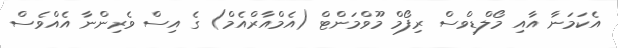
އެކަމަނާ އާއި މޯލްޑިވްސް ރިފޯމް މޫވްމަންޓް (އެމްއާރްއެމް) ގެ އިސް ވެރިންނާ އެއްވެސް